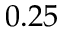
0 . 2 5